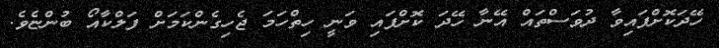
ހޭދަކޮށްފައިވާ ދުވަސްތައް އޭނާ ހޭދަ ކޮށްފައި ވަނީ ހިތްހަމަ ޖެހިގެންކަމަށް ފަލްކާއޯ ބުންޏެވެ.